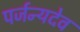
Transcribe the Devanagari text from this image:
पर्जन्यदेव